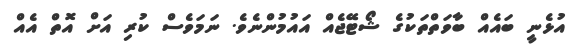
އުޅެނީ ބައެއް ބާވަތްތަކުގެ ޝޯޓޭޖެއް އައުމުންނެވެ. ނަމަވެސް ކުރި އަށް އޮތް އެއް